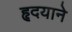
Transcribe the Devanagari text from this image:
हृदयाने